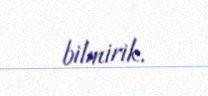
bilmirik.